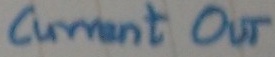
Text: current OUT